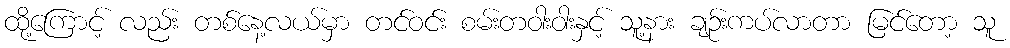
ထို့ကြောင့် လည်း တစ်နေ့လယ်မှာ တင်ဝင်း စမ်းတဝါးဝါးနှင့် သူ့နား ချဉ်းကပ်လာတာ မြင်တော့ သူ